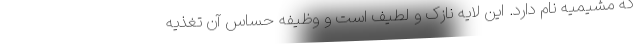
که مَشیمیه نام دارد. این لایه نازک و لطیف است و وظیفه حساس آن تغذیه